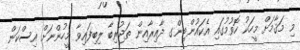
މި މަޤާމަށް މީހަކު ހޮވުމުގައި އެކައުންޓިންގ ދާއިރާއިން ތަޖުރިބާ ލިބިފައިވާ މީހުންނަށް އިސްކަން